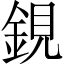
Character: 鋧